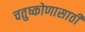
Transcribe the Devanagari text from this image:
चतुष्कोणासाठी